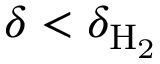
\delta < \delta _ { \mathrm { H _ { 2 } } }